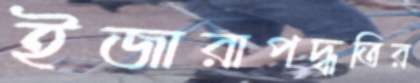
ইজারাপদ্ধতির